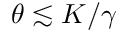
\theta \lesssim K / \gamma